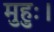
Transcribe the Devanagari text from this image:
मुहुः।